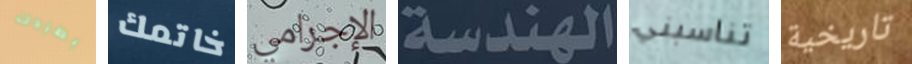
بطردك خاتمك الإجرامي الهندسة تناسبني تاريخية